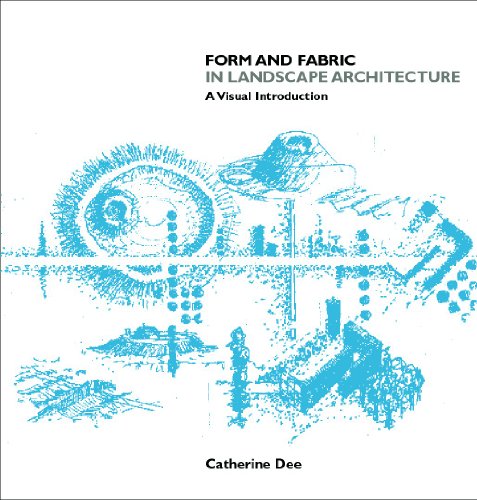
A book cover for Form and Fabric in Landscape Architecture: A Visual Introduction; Catherine Dee; Arts & Photography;